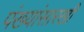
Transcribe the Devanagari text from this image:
पंख्यांसारखी